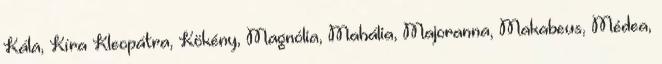
Kála, Kíra Kleopátra, Kökény, Magnólia, Mahália, Majoranna, Makabeus, Médea,